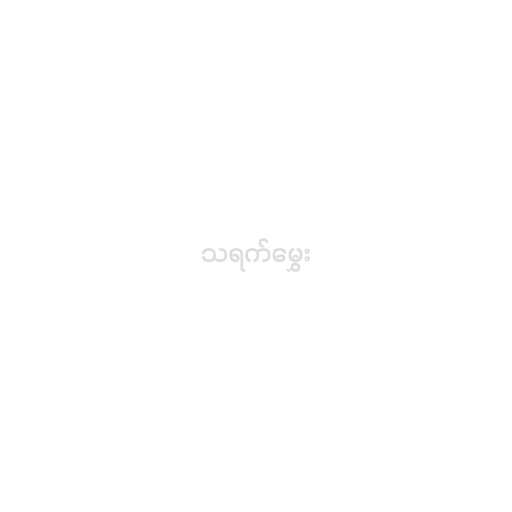
သရက်မွှေး